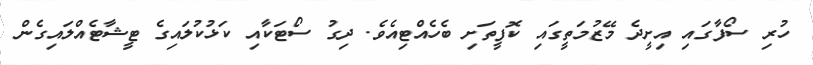
ހުރި ސޯފާގައި އިށީދެ މޭޒުމަތީގައި ކޮފީތަށި ބެހެއްޓިއެވެ. ދިގު ސޯޓަކާއި ކަޅުކުލައިގެ ޓީޝާޓެއްލައިގެން